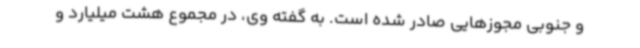
و جنوبی مجوزهایی صادر شده است. به گفته وی، در مجموع هشت میلیارد و